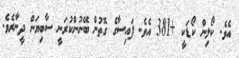
އެވެ. ކޯލިން ކޯޑަކީ +381 އެވެ. ފައިސާގެ ގޮތުން ބޭނުންކުރަނީ ސާބިޔަން ދީނާރެވެ.